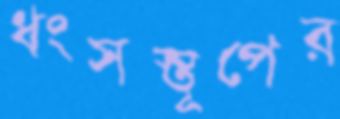
ধংসস্তূপের